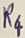
Text: R4